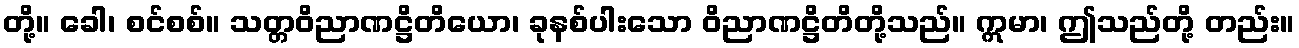
တို့။ ခေါ၊ စင်စစ်။ သတ္တဝိညာဏဋ္ဌိတိယော၊ ခုနစ်ပါးသော ဝိညာဏဋ္ဌိတိတို့သည်။ ဣမာ၊ ဤသည်တို့ တည်း။